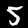
Digit: 5